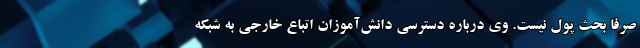
صرفاً بحث پول نیست. وی درباره دسترسی دانش‌آموزان اتباع خارجی به شبکه